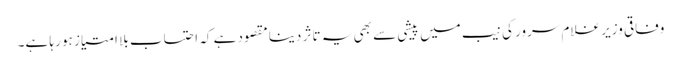
وفاقی وزیر غلام سرور کی نیب میں پیشی سے بھی یہ تاثر دینا مقصود ہے کہ احتساب بلا امتیاز ہو رہا ہے۔